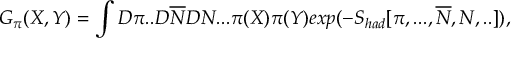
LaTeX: { \cal G } _ { \pi } ( X , Y ) = \int { \cal D } \pi . . { \cal D } \overline { { { N } } } { \cal D } N . . . \pi ( X ) \pi ( Y ) e x p ( - S _ { h a d } [ \pi , . . . , \overline { { { N } } } , N , . . ] ) ,